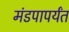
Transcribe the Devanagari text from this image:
मंडपापर्यंत